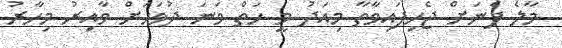
މާލެ ފެނަށް ޖެހިފައިވާތާ މިއަދު މީ ހަތް ވަނަ ދުވަހަށް ވާއިރު މިހާރު